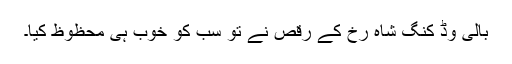
بالی وڈ کنگ شاہ رخ کے رقص نے تو سب کو خوب ہی محظوظ کیا۔